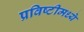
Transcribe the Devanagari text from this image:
प्रविष्टीमध्ये